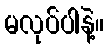
မလုပ်ပါနဲ့။